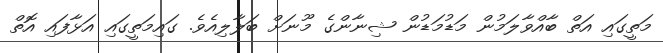
މަތީގައި އަތް ބާއްވާލަމުން މަޑުމަޑުން ޝިނާންގެ މޫނަށް ބަލާލިއެވެ. ގައިމަތީގައި އަޅާފައި އޮތް